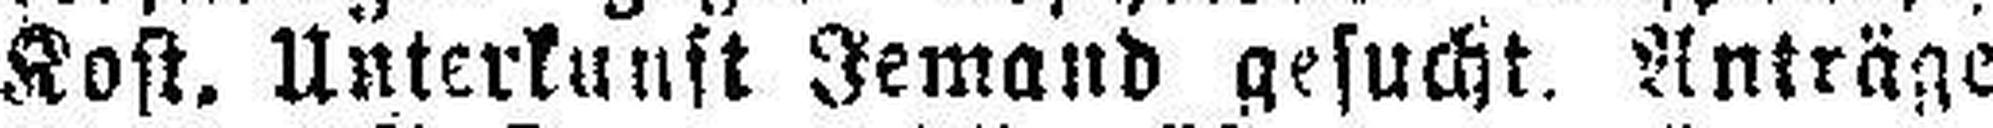
Kost. Unterkunft Jemand gesucht, Anträge